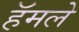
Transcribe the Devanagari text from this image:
हॅमले